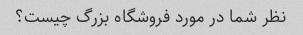
نظر شما در مورد فروشگاه بزرگ چیست؟